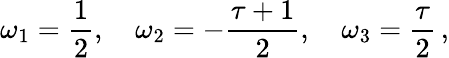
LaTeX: \omega_{1}=\frac{1}{2},\quad\omega_{2}=-\frac{\tau+1}{2},\quad\omega_{3}=\frac{\tau}{2}\, ,